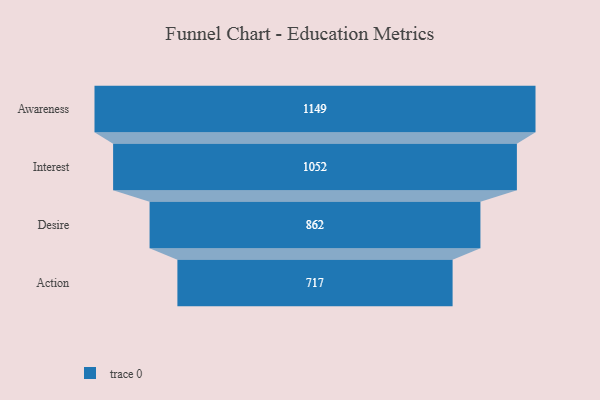
{"axis": {"x": "Stage", "y": "Value"}, "legend": [""], "data": [{"x": "Awareness", "y": 1149.0, "type": ""}, {"x": "Interest", "y": 1052.0, "type": ""}, {"x": "Desire", "y": 862.0, "type": ""}, {"x": "Action", "y": 717.0, "type": ""}]}